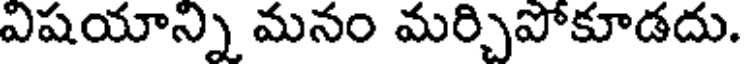
విషయాన్ని మనం మర్చిపోకూడదు.